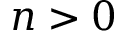
n > 0